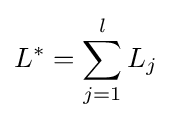
L^{*}=\sum _{j=1}^{l}L_{j}